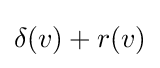
\delta (v)+r(v)